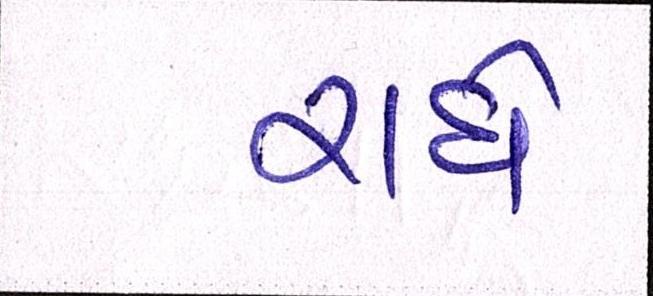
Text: રાધે